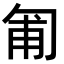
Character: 匍